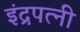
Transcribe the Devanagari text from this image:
इंद्रपत्‍नी